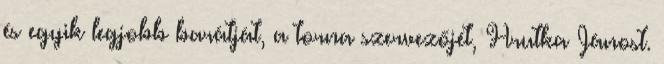
és egyik legjobb barátját, a torna szervezőjét, Hrutka Jánost.